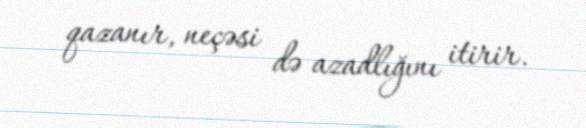
qazanır, neçəsi də azadlığını itirir.